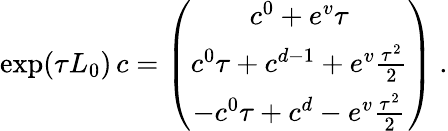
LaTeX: \exp(\tau L_{0})\, c=\left(\begin{array}{c}{{\strut c^{0}+e^{v}\tau}}\\ {{\strut c^{0}\tau+c^{d-1}+e^{v}{\frac{\tau^{2}}{2}}}}\\ {{\strut-c^{0}\tau+c^{d}-e^{v}{\frac{\tau^{2}}{2}}}}\end{array}\right)\ .